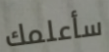
سأعلمك